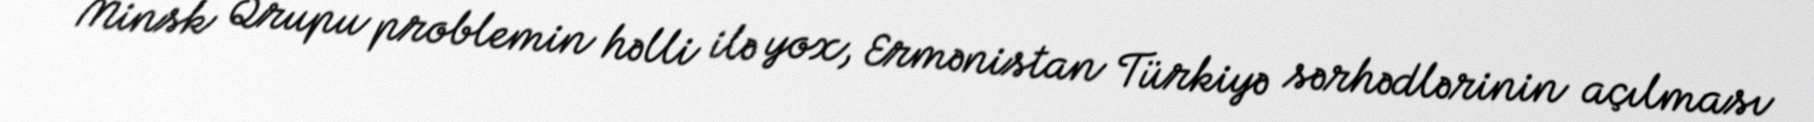
Minsk Qrupu problemin həlli ilə yox, Ermənistan Türkiyə sərhədlərinin açılması